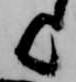
歟